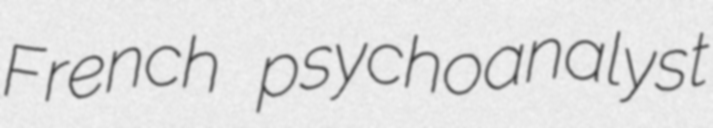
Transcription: French psychoanalyst